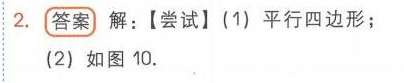
2. **答案** 解：【尝试】(1) 平行四边形；
(2) 如图 10.